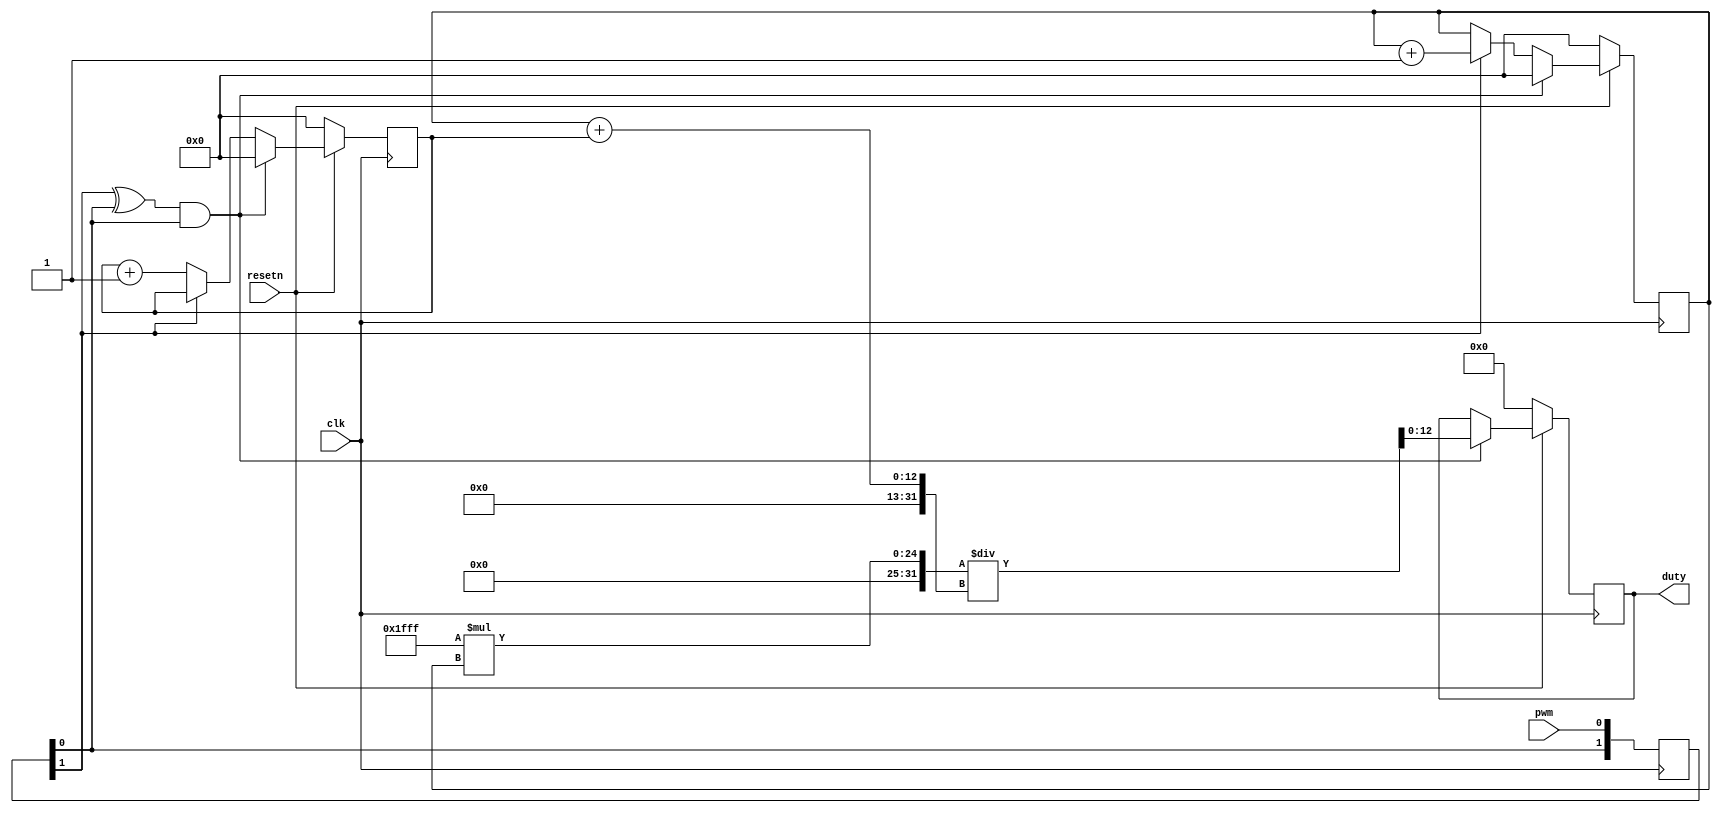
module pwm_duty(
    input           clk,
    input           pwm,
    input           resetn,
    output  [12:0]  duty
    );
    reg [1:0] edge_b;
    reg [11:0] cnt_h;
    reg [11:0] cnt_l;
    wire s_edge = edge_b[1] ^ edge_b[0];
    wire pwm;

    reg   [12:0]   duty;

    always @(posedge clk) begin
        if (!resetn) begin
            cnt_h <= 0;
            cnt_l <= 0;
            duty <= 0;
        end
        else begin
            if (s_edge && edge_b[0]) begin // Rising edge
                duty <=  8191 * cnt_h / (cnt_h + cnt_l) ;
                cnt_h <= 0;
                cnt_l <= 0;
            end
            else begin
                if (edge_b[1]) begin
                    cnt_h <= cnt_h + 1;
                end
                else if (!edge_b[1]) begin
                    cnt_l <= cnt_l + 1;
                end
            end
        end
        edge_b = {edge_b[0], pwm};
    end

endmodule